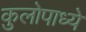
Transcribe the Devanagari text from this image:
कुलोपाध्ये